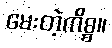
မေးတဲ့ကိစ္စ။